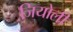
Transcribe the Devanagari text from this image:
जियोली